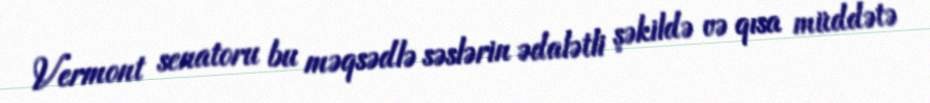
Vermont senatoru bu məqsədlə səslərin ədalətli şəkildə və qısa müddətə